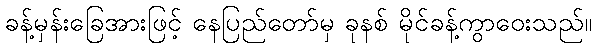
ခန့်မှန်းခြေအားဖြင့် နေပြည်တော်မှ ခုနစ် မိုင်ခန့်ကွာဝေးသည်။